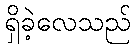
ရှိခဲ့လေသည်